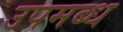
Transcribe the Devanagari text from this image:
उपमब्ध